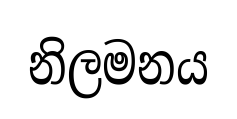
නිලමනය